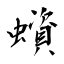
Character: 蠀